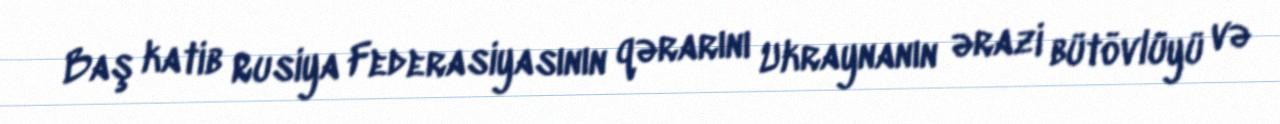
Baş katib Rusiya Federasiyasının qərarını Ukraynanın ərazi bütövlüyü və